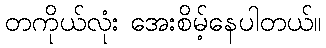
တကိုယ်လုံး အေးစိမ့်နေပါတယ်။